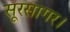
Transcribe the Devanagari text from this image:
सूरसागर।